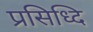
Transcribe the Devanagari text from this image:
प्रसिध्दि